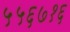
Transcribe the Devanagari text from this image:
५५६७१६